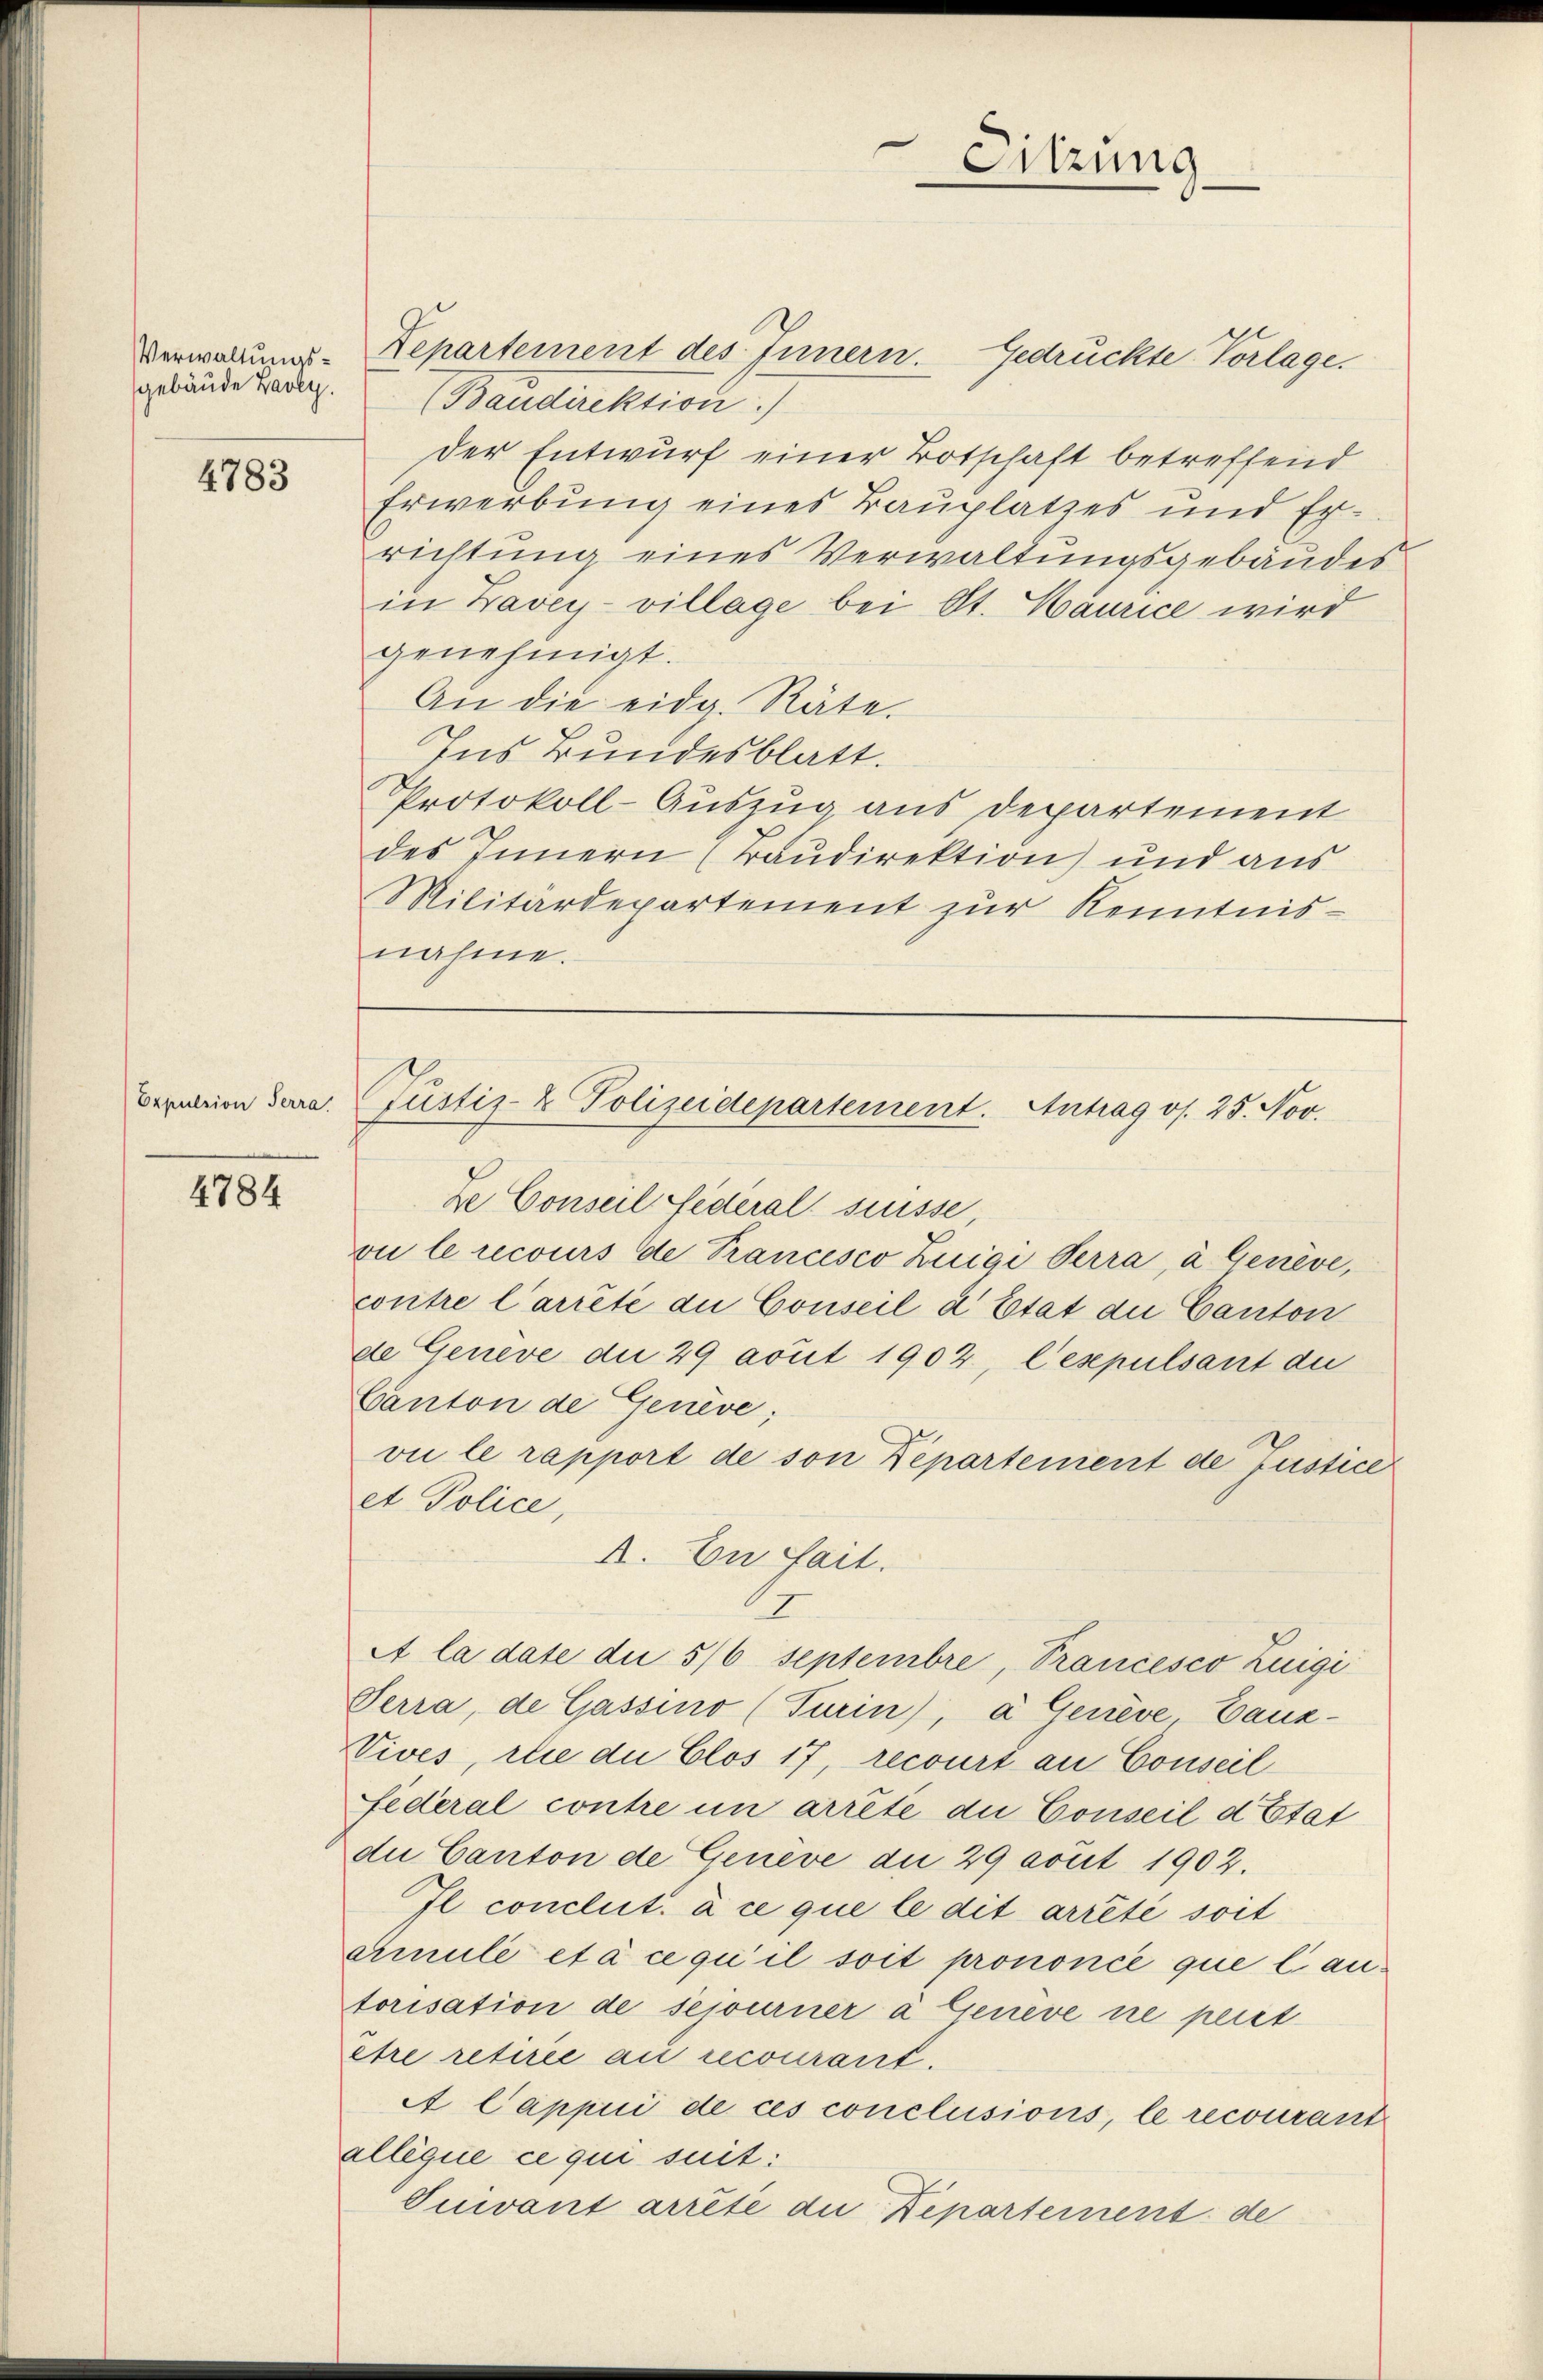
Verwaltungsgebäude Laoly.

4783

Expulsion Terra

4784

Departement des Innern. Gedrückte Vorlage.
(Baudirektion)
der Entwurf einer Botschaft betreffend
Erwerbung eines Bauplatzes und Errichtung eines Verwaltungsgebäudes
in Zavey-village bei St. Maurice wird
genehmigt.
An die eidg. Räte.
Ins Bundesblatt.
Protokoll-Auszug aus Departement
des Innern (Baudirektion und aus
Militärdepartement zur Kenntnisnahme.

Sitzung

Justiz- & Polizeidepartement. Antrag os. 25. Nov.

ze Conseil Sideral suisse,
vie le recours de Trancisco Zuigi Perra, à Genève,
contre l’arrêté du Conseil d’Etat die Canton
de Geneve die 29 avut 1902, lespulsant du
Canton de Genève
vie le rapport de son Departement de Justice
et Police,
A la date die 5/6 Septembre, Prancesco Luigi
Serra, de Gassino (Turin), a Genève Canz¬
Vives, die die Clos 17, recourt au Conseil
Federal contre in arrete die Conseil d Etat
du Canton de Genève du 29 avut 1902.
Il conclut, à ce que le dit arrêté soit
Amule et à ce qu’il soit prononcé que l. antorisation de sejourner à Geneve ne peret
etre retirée au recourant.
A Cappui de ces conclusions, le recourant
álléque ce qui suit:
Ouvant arrête die Departement: de

A. En fait.